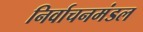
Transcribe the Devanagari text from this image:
निर्वाचनमंडल